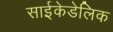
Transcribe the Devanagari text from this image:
साईकेडेलिक